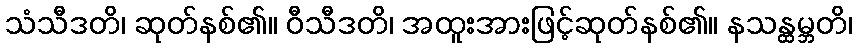
သံသီဒတိ၊ ဆုတ်နစ်၏။ ဝီသီဒတိ၊ အထူးအားဖြင့်ဆုတ်နစ်၏။ နသန္ထမ္ဘတိ၊